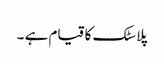
پلاسٹک کا قیام ہے ۔